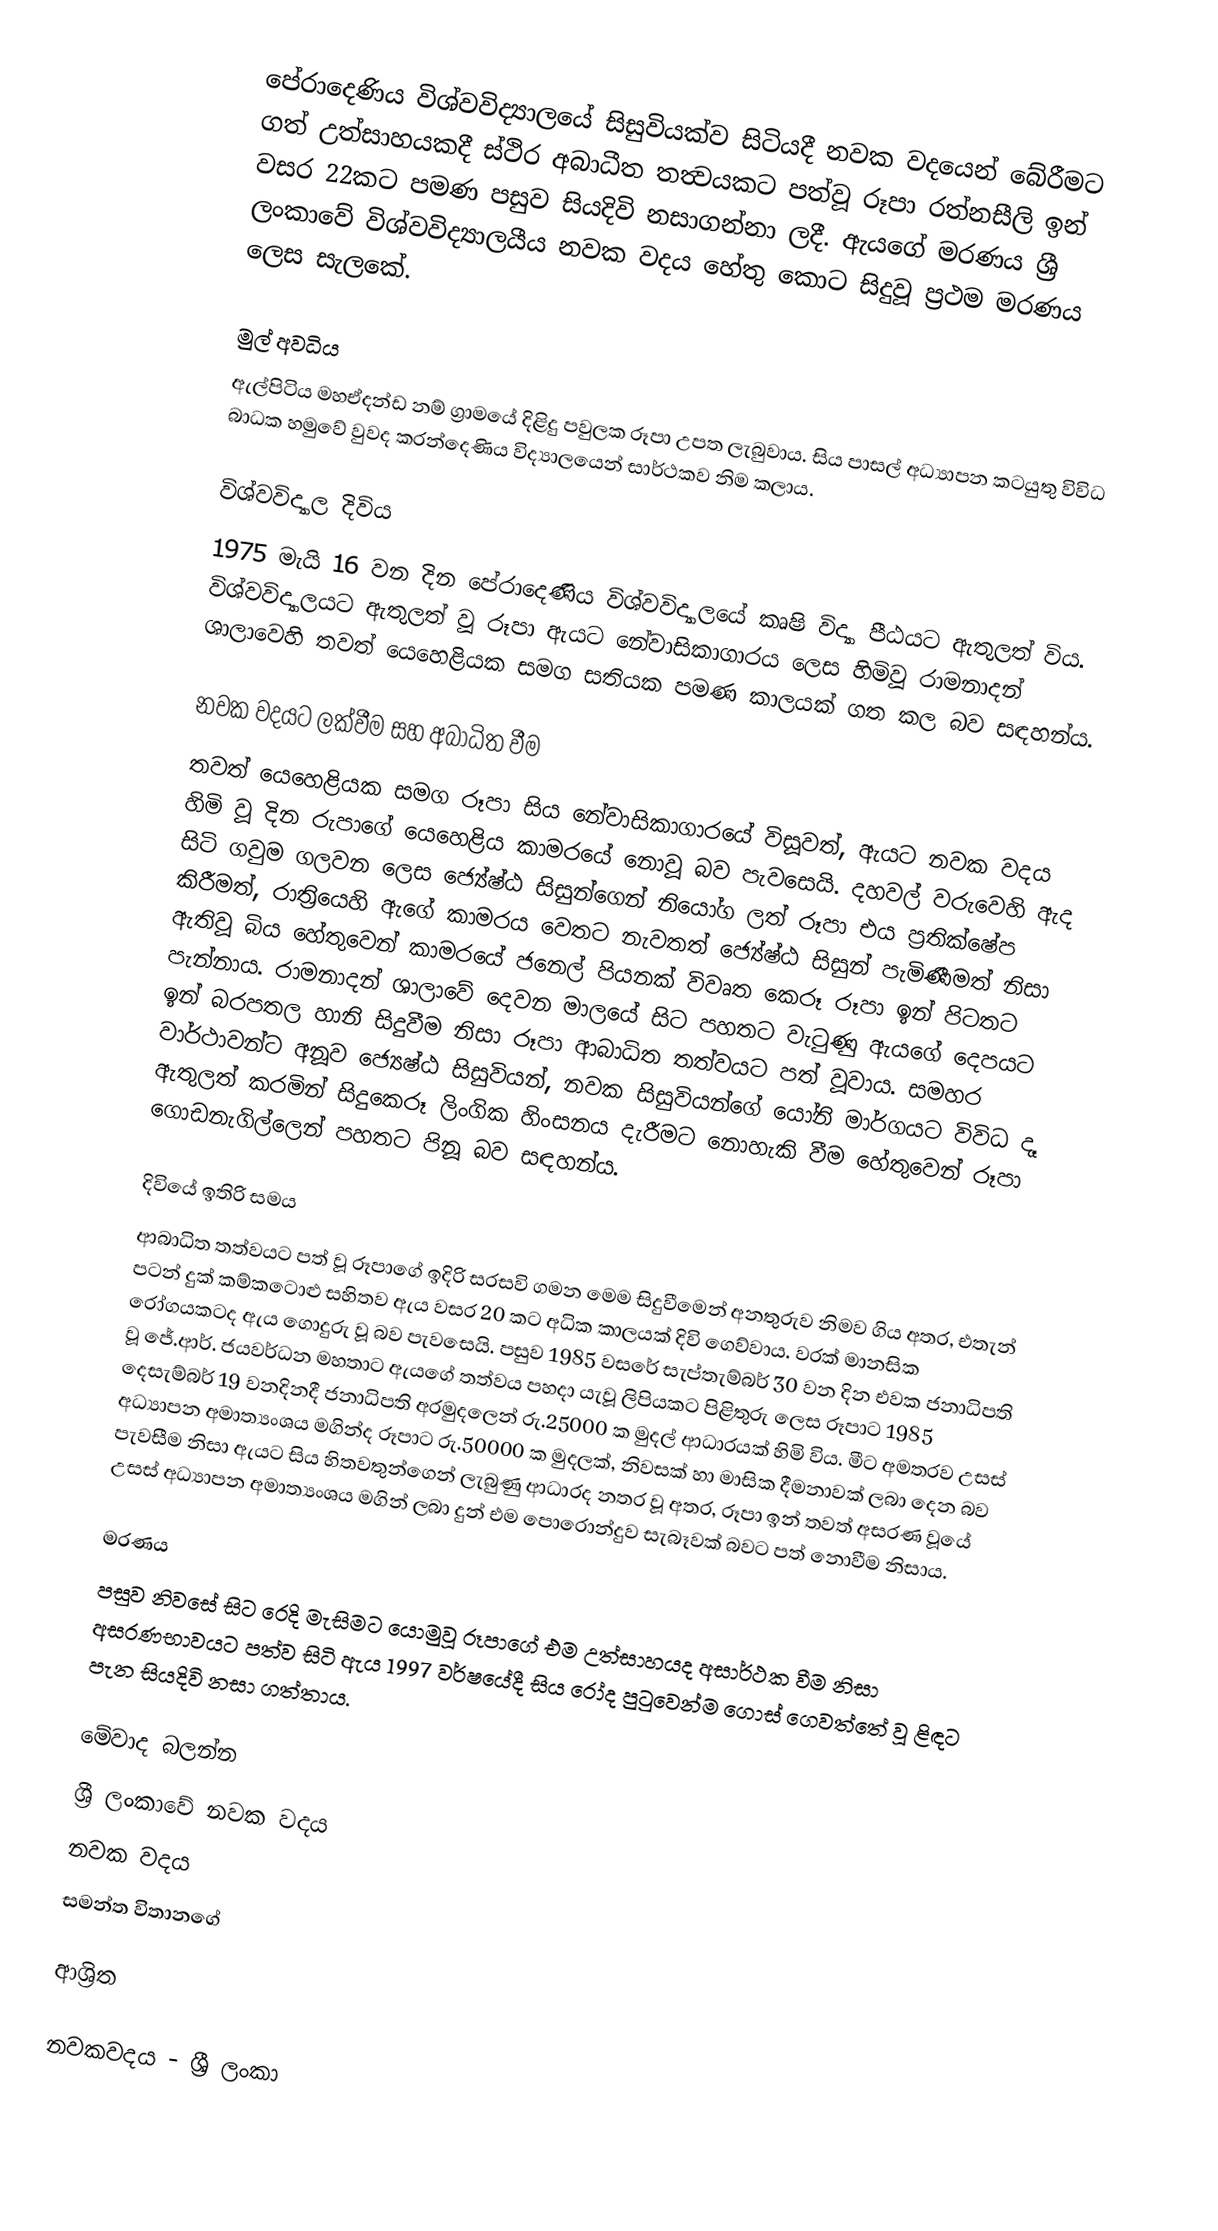
පේරාදෙණිය විශ්වවිද්‍යාලයේ සිසුවියක්ව සිටියදී නවක වදයෙන් බේරීමට ගත් උත්සාහයකදී ස්ථිර අබාධීත තත්‍වයකට පත්වූ රූපා රත්නසීලි ඉන් වසර 22කට පමණ පසුව සියදිවි නසාගන්නා ලදී. ඇයගේ මරණය  ශ්‍රී ලංකාවේ විශ්වවිද්‍යාලයීය නවක වදය හේතු කොට සිදුවූ ප්‍රථම මරණය ලෙස සැලකේ.

මුල් අවධිය
ඇල්පිටිය මහඒදන්ඩ නම් ග්‍රාමයේ දිළිදු පවුලක රූපා උපත ලැබුවාය. සිය පාසල් අධ්‍යාපන කටයුතු විවිධ බාධක හමුවේ වුවද කරන්දෙණිය විද්‍යාලයෙන් සාර්ථකව නිම කලාය.

විශ්වවිද්‍යාල දිවිය
1975 මැයි 16 වන දින පේරාදෙණිය විශ්වවිද්‍යාලයේ කෘෂි විද්‍යා පීඨයට ඇතුලත් විය. විශ්වවිද්‍යාලයට ඇතුලත් වූ රූපා ඇයට නේවාසිකාගාරය ලෙස හිමිවූ රාමනාදන් ශාලාවෙහි  තවත් යෙහෙළියක සමග සතියක පමණ කාලයක් ගත කල බව සඳහන්ය.

නවක වදයට ලක්වීම සහ අබාධිත වීම
තවත් යෙහෙළියක සමග රූපා සිය නේවාසිකාගාරයේ විසූවත්, ඇයට නවක වදය හිමි වූ දින රුපාගේ යෙහෙළිය කාමරයේ නොවූ බව පැවසෙයි. දහවල් වරුවෙහි ඇද සිටි ගවුම ගලවන ලෙස ජ්‍යේෂ්ඨ සිසුන්ගෙන් නියෝග ලත් රූපා එය ප්‍රතික්ෂේප කිරීමත්, රාත්‍රියෙහි ඇගේ කාමරය වෙතට නැවතත් ජ්‍යේෂ්ඨ සිසුන් පැමිණීමත් නිසා ඇතිවූ බිය හේතුවෙන් කාමරයේ ජනෙල් පියනක් විවෘත කෙරූ රූපා ඉන් පිටතට පැන්නාය. රාමනාදන් ශාලාවේ දෙවන මාලයේ සිට පහතට වැටුණු ඇයගේ දෙපයට ඉන් බරපතල හානි සිදුවීම නිසා රූපා ආබාධිත තත්වයට පත් වූවාය. සමහර වාර්ථාවන්ට අනූව ජ්‍යෙෂ්ඨ සිසුවියන්, නවක සිසුවියන්ගේ යෝනි මාර්ගයට විවිධ දෑ ඇතුලත් කරමින් සිදුකෙරූ ලිංගික හිංසනය දැරීමට නොහැකි වීම හේතුවෙන් රූපා ගොඩනැගිල්ලෙන් පහතට පිනූ බව සඳහන්ය.

දිවියේ ඉතිරි සමය
ආබාධිත තත්වයට පත් වූ රූපාගේ ඉදිරි සරසවි ගමන මෙම සිදුවීමෙන් අනතුරුව නිමව ගිය අතර, එතැන් පටන් දුක් කම්කටොළු සහිතව ඇය වසර 20 කට අධික කාලයක් දිවි ගෙව්වාය. වරක් මානසික රෝගයකටද ඇය ගොදුරු වූ බව පැවසෙයි. පසුව 1985 වසරේ සැප්තැම්බර් 30 වන දින එවක ජනාධිපති වූ ජේ.ආර්. ජයවර්ධන මහතාට ඇයගේ තත්වය පහදා යැවූ ලිපියකට පිළිතුරු ලෙස රූපාට 1985 දෙසැම්බර් 19 වනදිනදී ජනාධිපති අරමුදලෙන් රු.25000 ක මුදල් ආධාරයක් හිමි විය. මීට අමතරව උසස් අධ්‍යාපන අමාත්‍යංශය මගින්ද රූපාට රු.50000 ක මුදලක්, නිවසක් හා මාසික දීමනාවක් ලබා දෙන බව පැවසීම නිසා ඇයට සිය හිතවතුන්ගෙන් ලැබුණු ආධාරද නතර වූ අතර, රූපා ඉන් තවත් අසරණ වූයේ උසස් අධ්‍යාපන අමාත්‍යංශය මගින් ලබා දුන් එම පොරොන්දුව සැබෑවක් බවට පත් නොවීම නිසාය.

මරණය
පසුව නිවසේ සිට රෙදි මැසිමට යොමුවූ රූපාගේ එම උත්සාහයද අසාර්ථක වීම නිසා අසරණභාවයට පත්ව සිටි ඇය 1997 වර්ෂයේදී සිය රෝද පුටුවෙන්ම ගොස් ගෙවත්තේ වූ ළිඳට පැන සියදිවි නසා ගත්තාය.

මේවාද බලන්න
 ශ්‍රී ලංකාවේ නවක වදය
 නවක වදය
 සමන්ත විතානගේ

ආශ්‍රිත

නවකවදය - ශ්‍රී ලංකා